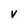
Character: V